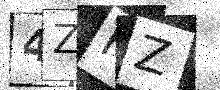
Text: 4ZHZ